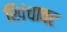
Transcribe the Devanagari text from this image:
खिंचावट